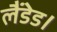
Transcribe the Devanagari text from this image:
लैंडेड।